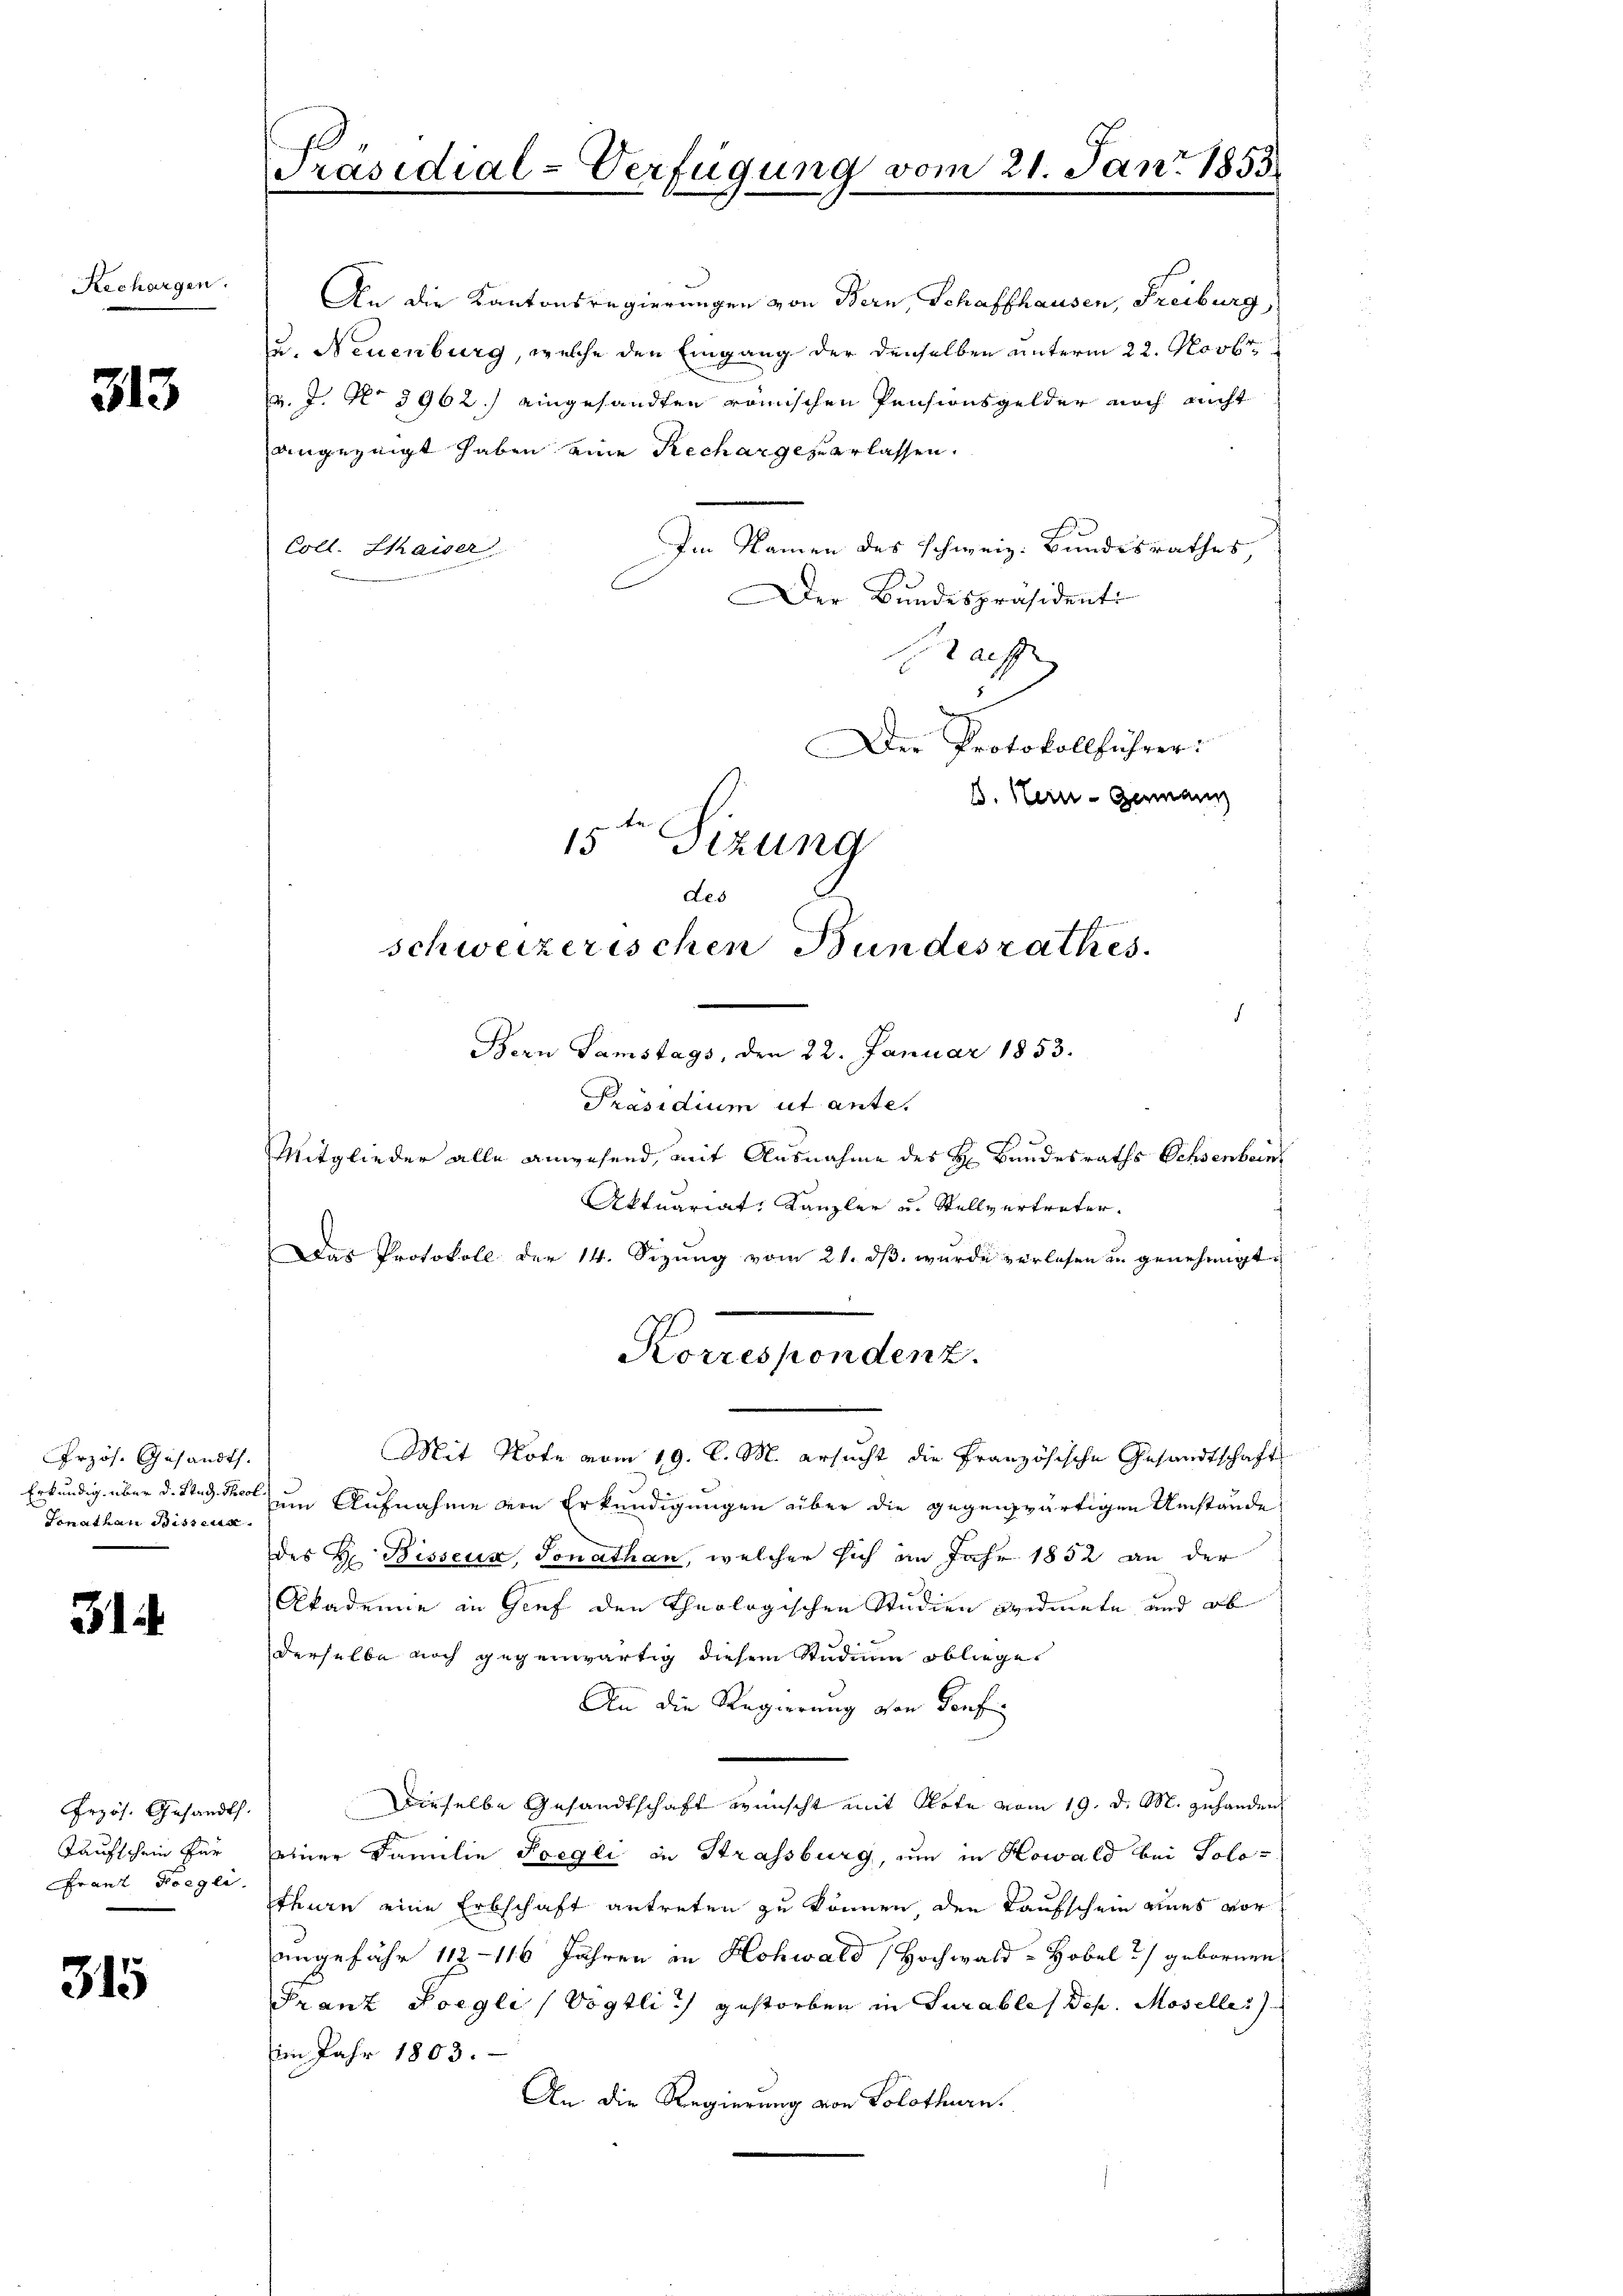
Rechargen.

313

Przös. Gesandts.
Gonathan Disseur

31.

Przös. Gesandt.
Taufschein für
Franz Foegli

315

Präsidial-Verfügung vom 21. Jan. 1853

angezeigt haben eine Recharge zuerlassen.
Im Namen des schweiz. Bundesrathes,
Coll. Sthaiser
Der Bundespräsidenti
Braff
Der Protokollführer:
B. Hein- Genann
15ten Sizung
des
schweizerischen Bundesrathes.

An die Kantonsregierungen von Bern, Schaffhausen, Freiburg,
u. Neuenburg, welche den Eingang der denselben unterm 22. Novbr
M. J. No 5962.) eingesandten römischen Pensionsgelder noch nicht

Bern Samstags, den 22. Januar 1853.
Präsidium ut ante.
Mitglieder alle anwesend, mit Ausnahme des H. Bandesraths Ochsenbeins
Aktuariat, Kanzler u. Stellvertreter.
Das Protokoll der 14. Sizŭng vom 21. dβ wŭrde verlesen u. genehmigt.
Mit Note vom 19. C. M. ersucht die Französische Gesandtschaft
Erkundig über d. Stud. So zum Aufnahme von Erkundigungen über die gegenwärtigen Umstände
des H. Bisseux, donathan, welcher sich im Jahr 1852 an der
Akademie in Genf den theologischen Studien Bedinete und ob
derselbe noch gegenwärtig diesem Studium oblieges
An die Regierung von Konfe
Dieselbe Gesandtschaft wünscht mit Note vom 19. d. M. zuhanden
einer Familie Poegli in Strassburg, um in Howald bei Solo-
thurn eine Erbschaft antreten zu können den Kaufschein eines vorangefähr 112 - 116 Jahren in Hohwald (Hochwald - Hobel gebornen
Franz Poegli (Vögtli gestorben in Turables Dep. Moselle
Eim Jahr 1803.
An die Regierung von Solothurn.

Korrespondenz.